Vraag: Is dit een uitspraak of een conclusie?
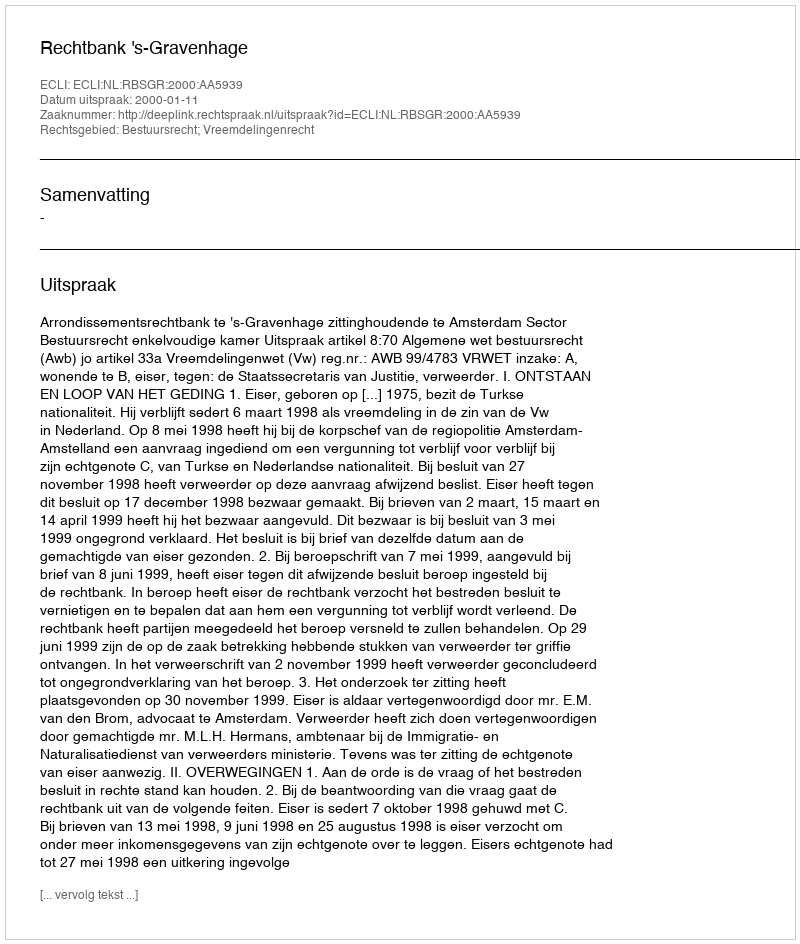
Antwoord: Uitspraak